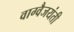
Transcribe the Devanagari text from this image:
वाग्वैजयंती